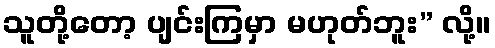
သူတို့တော့ ပျင်းကြမှာ မဟုတ်ဘူး” လို့။